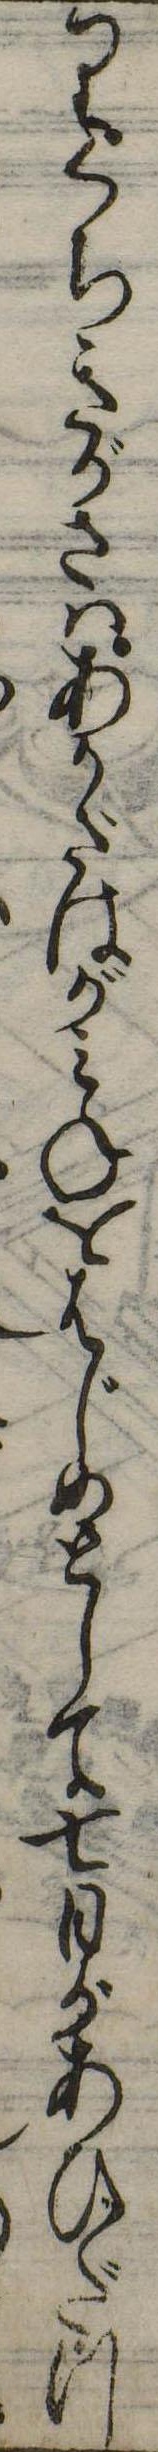
りくちきがさはあかざはがみねをはじめとして七日があひだつ